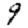
Digit: 9